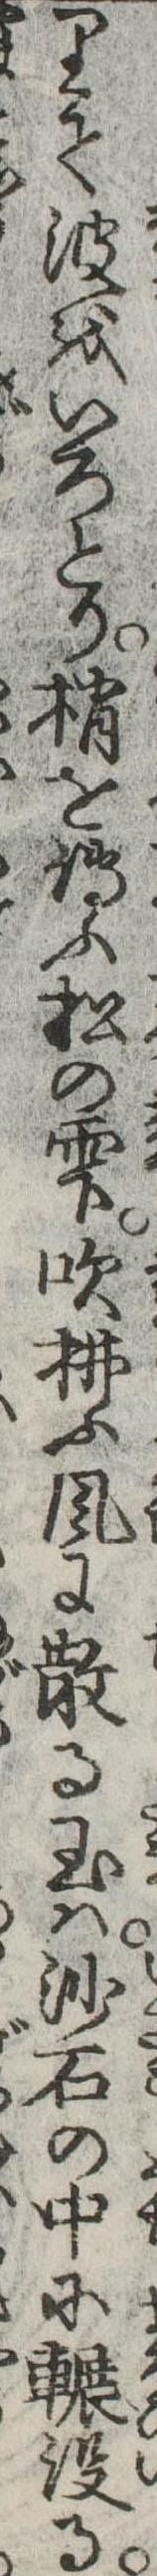
りて波をいろとり梢を伝ふ松の雫吹払ふ風に散る玉は沙石の中に輾没る